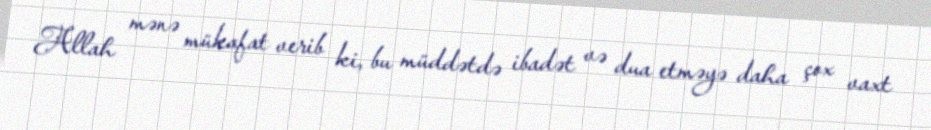
Allah mənə mükafat verib ki, bu müddətdə ibadət və dua etməyə daha çox vaxt